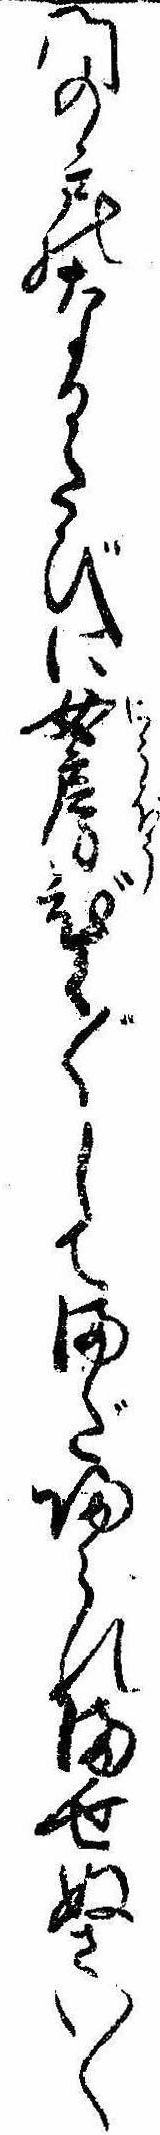
門の戸のなるたびに女房びく〲してまだ帰られませぬさい〱